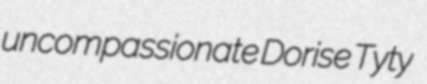
uncompassionate Dorise Tyty